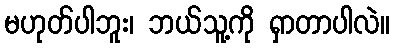
မဟုတ်ပါဘူး၊ ဘယ်သူ့ကို ရှာတာပါလဲ။